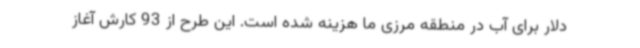
دلار برای آب در منطقه مرزی ما هزینه شده است. این طرح از 93 کارش آغاز